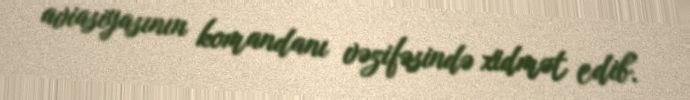
aviasiyasının komandanı vəzifəsində xidmət edib.